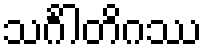
သင်္ဂါတိဂဿ